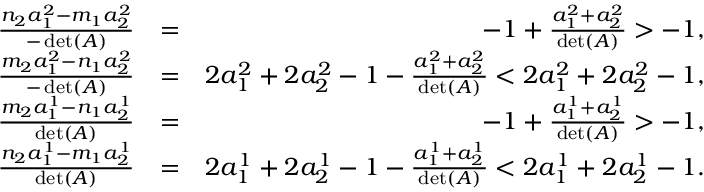
\begin{array} { r l r } { \frac { n _ { 2 } a _ { 1 } ^ { 2 } - m _ { 1 } a _ { 2 } ^ { 2 } } { - \operatorname* { d e t } ( A ) } } & { = } & { - 1 + \frac { a _ { 1 } ^ { 2 } + a _ { 2 } ^ { 2 } } { \operatorname* { d e t } ( A ) } > - 1 , } \\ { \frac { m _ { 2 } a _ { 1 } ^ { 2 } - n _ { 1 } a _ { 2 } ^ { 2 } } { - \operatorname* { d e t } ( A ) } } & { = } & { 2 a _ { 1 } ^ { 2 } + 2 a _ { 2 } ^ { 2 } - 1 - \frac { a _ { 1 } ^ { 2 } + a _ { 2 } ^ { 2 } } { \operatorname* { d e t } ( A ) } < 2 a _ { 1 } ^ { 2 } + 2 a _ { 2 } ^ { 2 } - 1 , } \\ { \frac { m _ { 2 } a _ { 1 } ^ { 1 } - n _ { 1 } a _ { 2 } ^ { 1 } } { \operatorname* { d e t } ( A ) } } & { = } & { - 1 + \frac { a _ { 1 } ^ { 1 } + a _ { 2 } ^ { 1 } } { \operatorname* { d e t } ( A ) } > - 1 , } \\ { \frac { n _ { 2 } a _ { 1 } ^ { 1 } - m _ { 1 } a _ { 2 } ^ { 1 } } { \operatorname* { d e t } ( A ) } } & { = } & { 2 a _ { 1 } ^ { 1 } + 2 a _ { 2 } ^ { 1 } - 1 - \frac { a _ { 1 } ^ { 1 } + a _ { 2 } ^ { 1 } } { \operatorname* { d e t } ( A ) } < 2 a _ { 1 } ^ { 1 } + 2 a _ { 2 } ^ { 1 } - 1 . } \end{array}